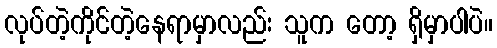
လုပ်တဲ့ကိုင်တဲ့နေရာမှာလည်း သူက တော့ ရှိမှာပါပဲ။